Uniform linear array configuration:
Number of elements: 24
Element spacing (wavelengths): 0.75
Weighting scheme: cosine
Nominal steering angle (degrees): -15
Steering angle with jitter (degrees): -16.344
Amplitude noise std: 0.05
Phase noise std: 0.05

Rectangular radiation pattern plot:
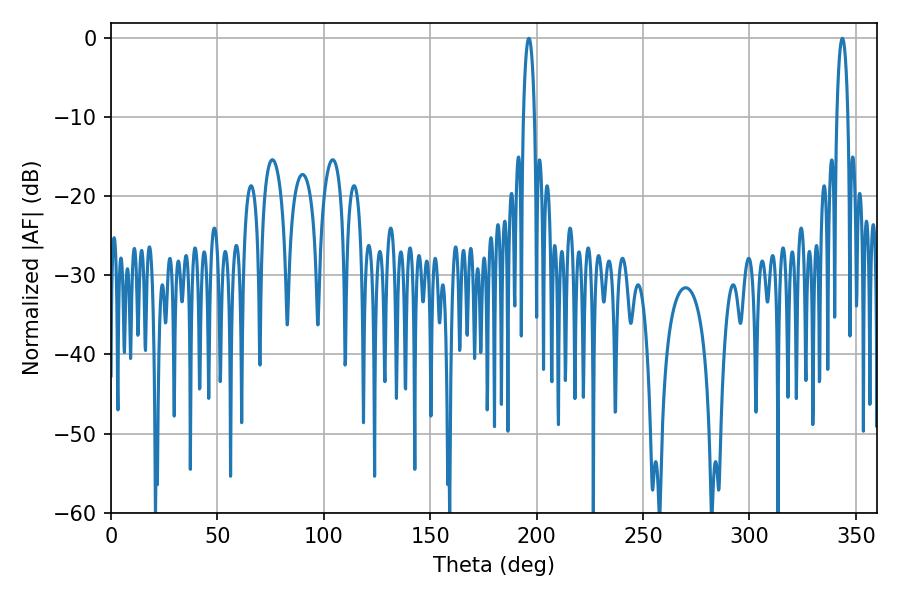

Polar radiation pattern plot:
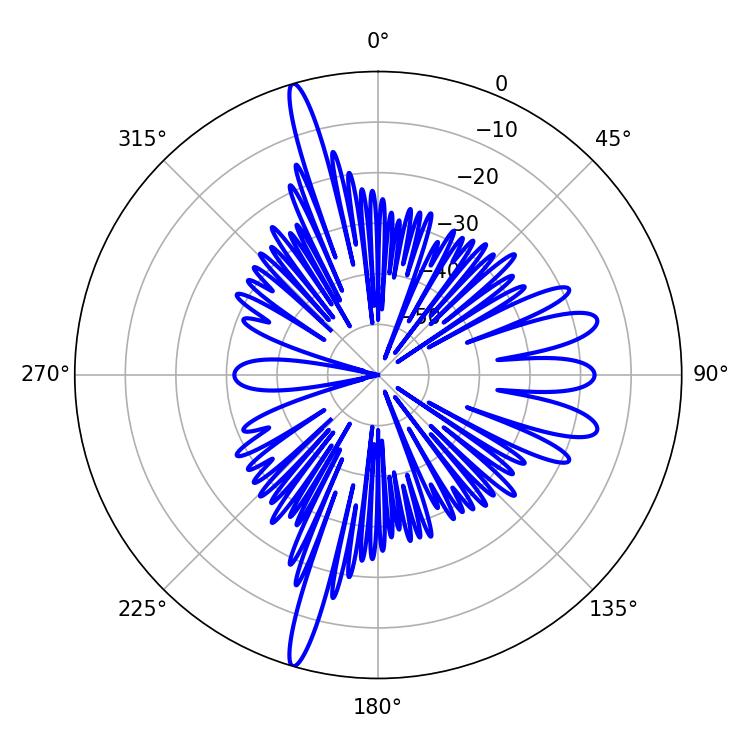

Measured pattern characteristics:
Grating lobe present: TRUE
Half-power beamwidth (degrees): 2.88
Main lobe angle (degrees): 196.38